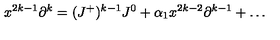
x ^ { 2 k - 1 } \partial ^ { k } = ( J ^ { + } ) ^ { k - 1 } J ^ { 0 } + \alpha _ { 1 } x ^ { 2 k - 2 } \partial ^ { k - 1 } + \dots